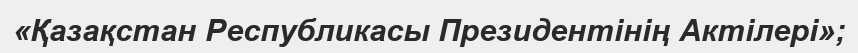
«Қазақстан Республикасы Президентінің Актілері»;